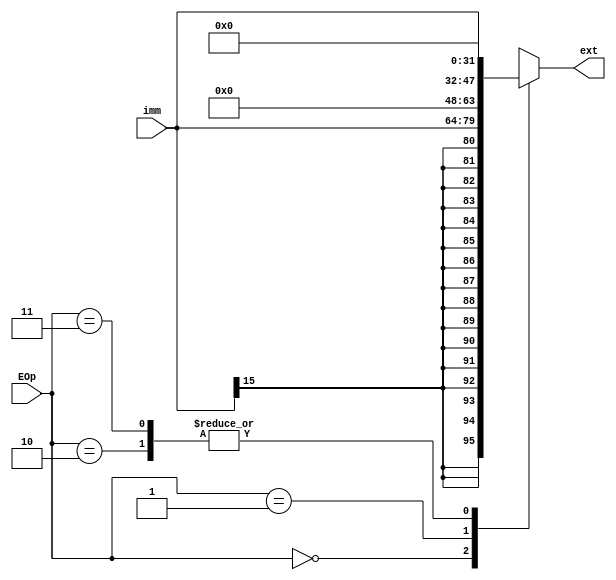
module ext (
    input      [15:0] imm,
    input      [ 1:0] EOp,
    output reg [31:0] ext
);
    reg [1:0] temp[31:0][31:0];
    always @(*) begin
        case (EOp)
            0: ext = {{16{imm[15]}}, imm};
            1: ext = {{16{1'b0}}, imm};
            2: ext = {imm, {16{0}}};
            3: ext = {imm, {16{0}}} << 2;
            default: ;
        endcase
    end
endmodule